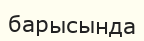
барысында